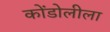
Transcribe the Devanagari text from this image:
कोंडोलीला